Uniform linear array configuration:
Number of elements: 32
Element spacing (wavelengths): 1
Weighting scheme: uniform
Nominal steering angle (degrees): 0
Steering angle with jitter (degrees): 1.192
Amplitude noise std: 0.05
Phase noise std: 0.05

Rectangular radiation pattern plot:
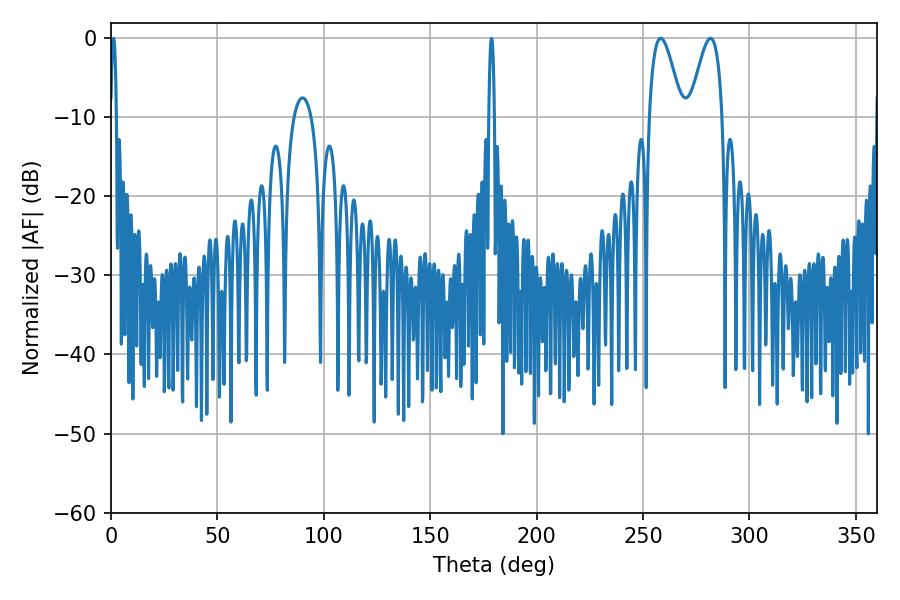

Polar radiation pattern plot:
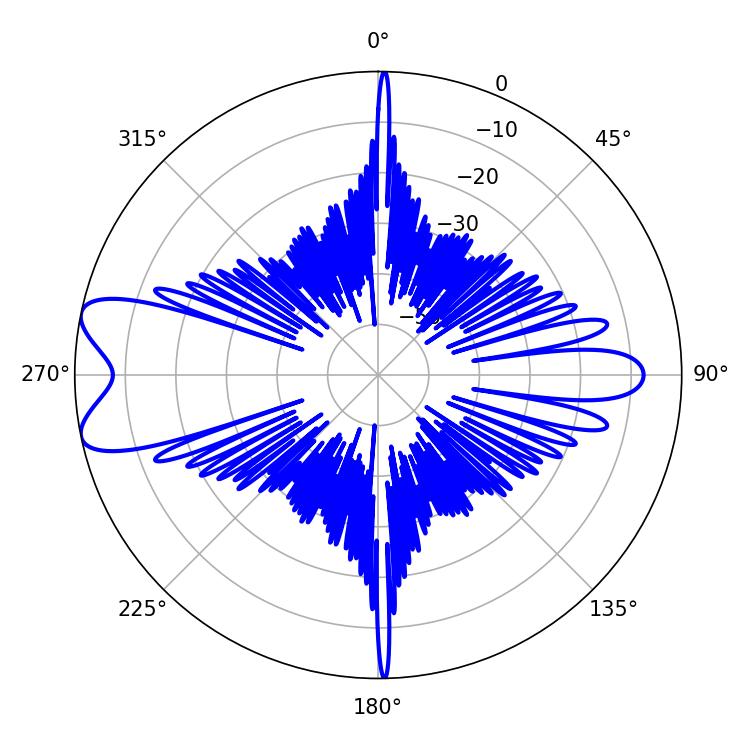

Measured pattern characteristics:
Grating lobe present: TRUE
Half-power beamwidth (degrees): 8.28
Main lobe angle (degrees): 258.3